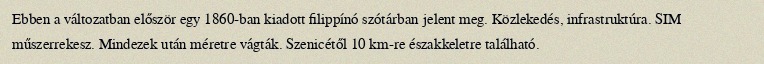
Ebben a változatban először egy 1860-ban kiadott filippínó szótárban jelent meg. Közlekedés, infrastruktúra. SIM műszerrekesz. Mindezek után méretre vágták. Szenicétől 10 km-re északkeletre található.